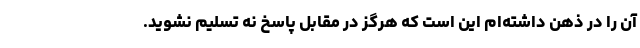
آن را در ذهن داشته‌ام این است که هرگز در مقابل پاسخ نه تسلیم نشوید.